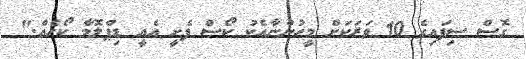
ގޮސް ސިފައިގެ 10 ވަރަކަށް މީހުންނާއެކު ކޯސް ފެށީ އެއީ ޑިޕްލޮމާ ކޯހެއް."